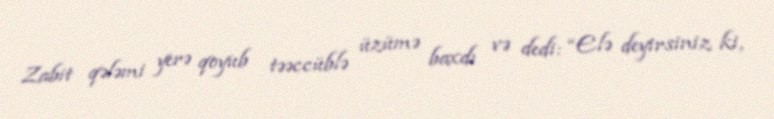
Zabit qələmi yerə qoyub təəccüblə üzümə baxdı və dedi: “Elə deyirsiniz ki,